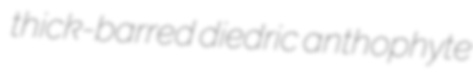
thick-barred diedric anthophyte